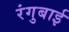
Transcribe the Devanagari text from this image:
रंगुबाई